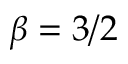
\beta = 3 / 2